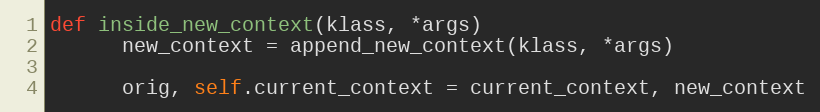
Language: Ruby
def inside_new_context(klass, *args)
      new_context = append_new_context(klass, *args)

      orig, self.current_context = current_context, new_context